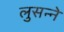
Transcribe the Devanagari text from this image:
लुसन्ने